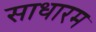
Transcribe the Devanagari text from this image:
साधारम